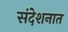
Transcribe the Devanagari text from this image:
संदेशनात